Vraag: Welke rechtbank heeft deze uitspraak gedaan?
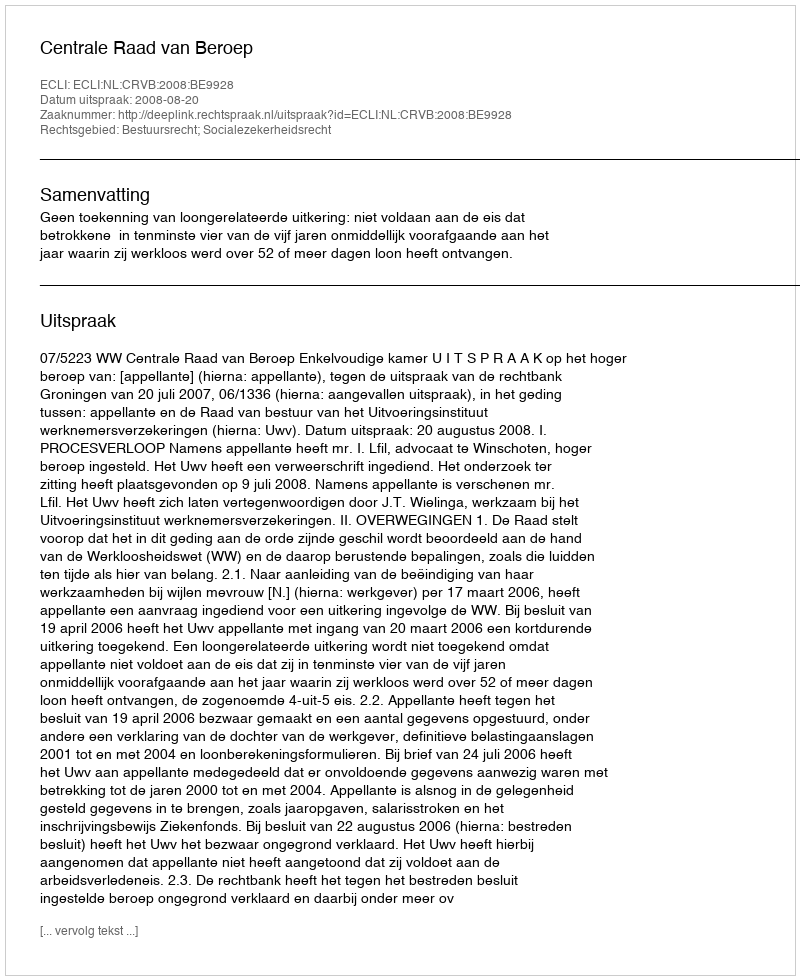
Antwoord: Centrale Raad van Beroep